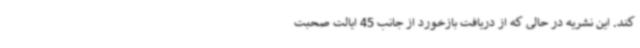
کند. این نشریه در حالی که از دریافت بازخورد از جانب 45 ایالت صحبت